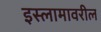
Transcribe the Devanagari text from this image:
इस्लामावरील